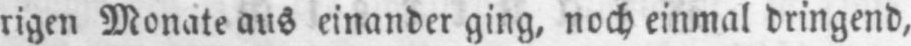
rigen Monate aus einander ging, noch einmal dringend,